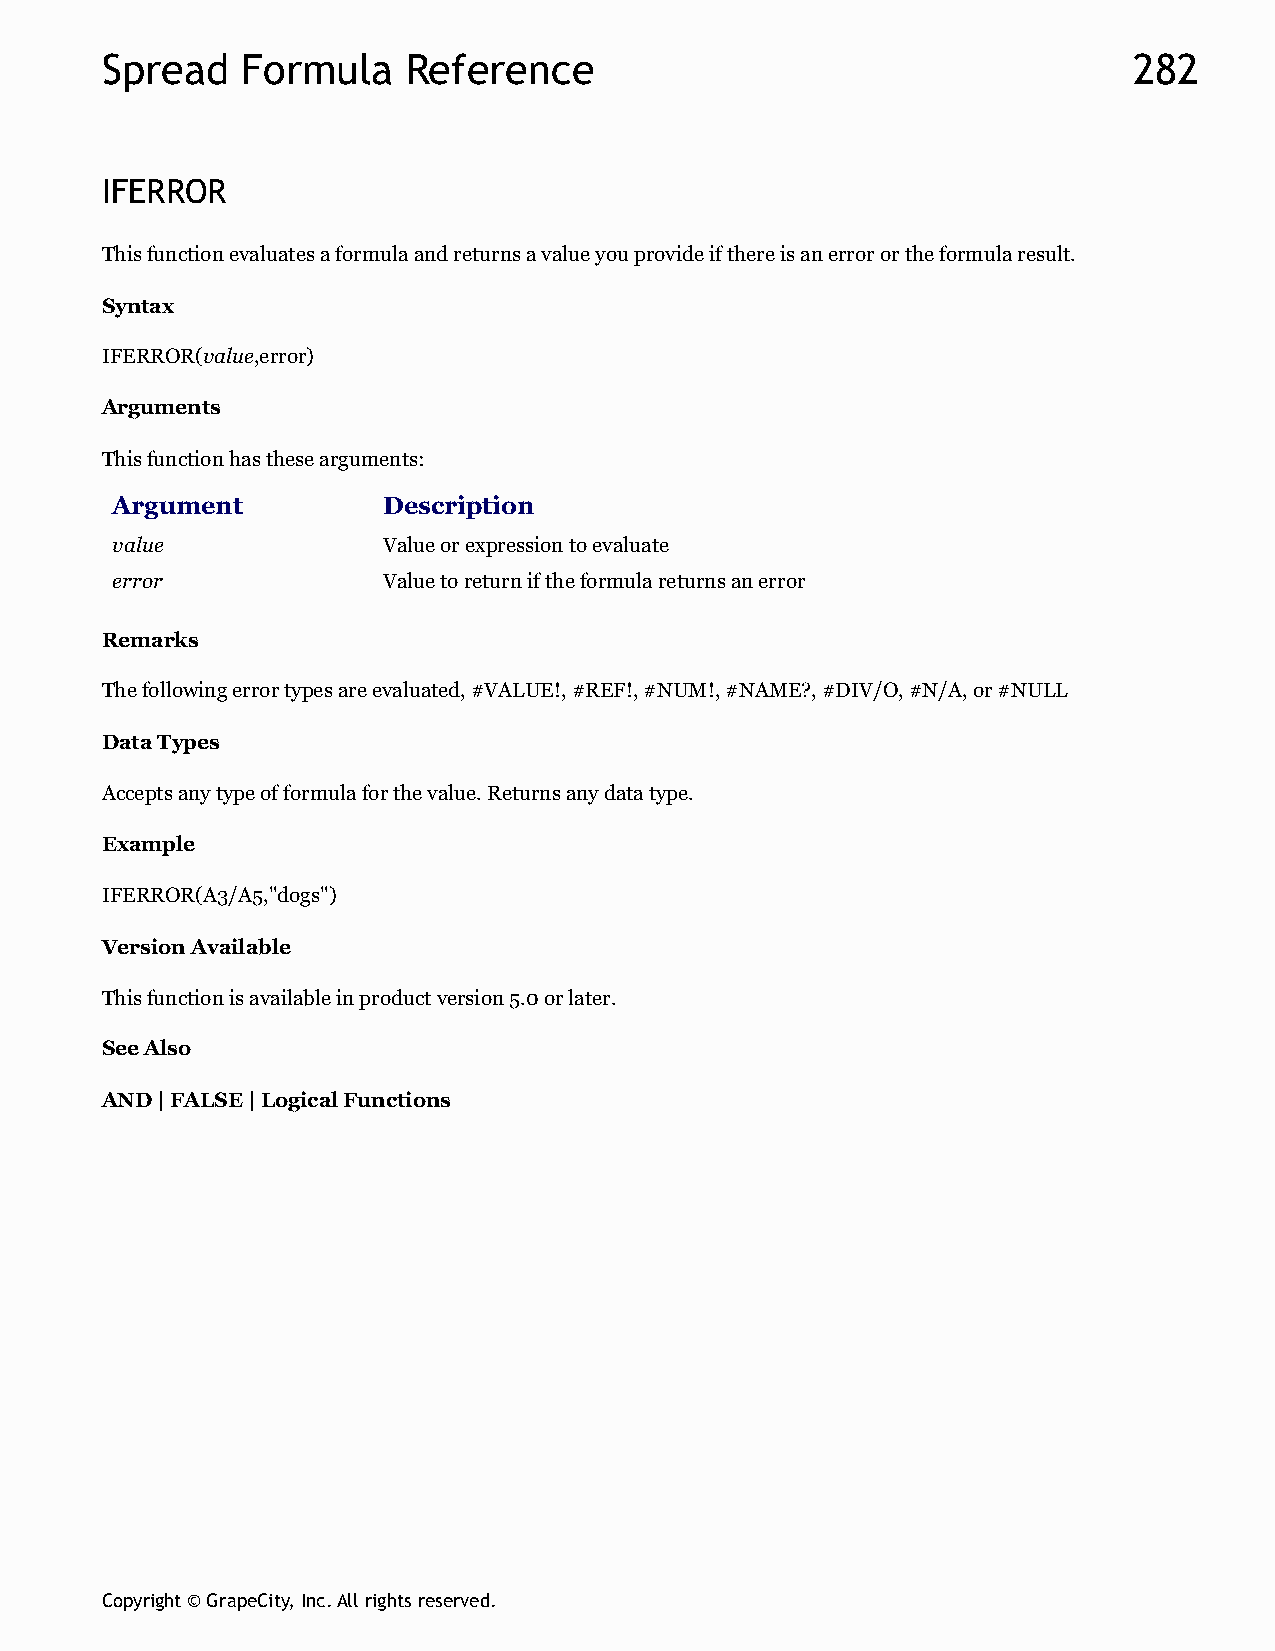
Spread   Formula    Reference                                       282
 IFERROR
 This function evaluates a formula and returns a value you provide if there is an error or the formula result.
 Syntax
 IFERROR(value,error)
 Arguments
 This function has these arguments:
 Argument          Description
 value             Value or expression to evaluate
 error             Value to return if the formula returns an error
 Remarks
 The following error types are evaluated, #VALUE!, #REF!, #NUM!, #NAME?, #DIV/O, #N/A, or #NULL
 Data Types
 Accepts any type of formula for the value. Returns any data type.
 Example
 IFERROR(A3/A5,"dogs")
 Version Available
 This function is available in product version 5.0 or later.
 See Also
 AND | FALSE | Logical Functions
 Copyright © GrapeCity, Inc. All rights reserved.